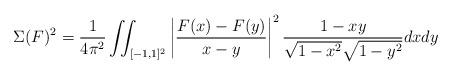
LaTeX: \begin{align*} \Sigma(F)^2 = \frac{1}{4\pi^2} \iint_{[-1,1]^2} \left| \frac{ F(x) - F(y)}{x-y} \right|^2 \frac{1-xy}{\sqrt{1-x^2}\sqrt{1-y^2}} dxdy \end{align*}